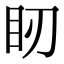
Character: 䀔